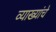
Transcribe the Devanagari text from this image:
व्याख्यांचे